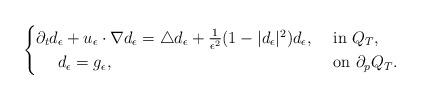
LaTeX: \begin{align*}\begin{cases}\partial_td_\epsilon+u_\epsilon\cdot\nabla d_{\epsilon}=\triangle d_{\epsilon}+\frac{1}{\epsilon^2}(1-|d_\epsilon|^2)d_{\epsilon},& \ {\rm{in}}\ Q_T,\\\ \ \ \ d_\epsilon=g_\epsilon,& \ {\rm{on}}\ \partial_pQ_T.\end{cases}\end{align*}